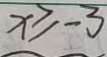
x \geq - 3